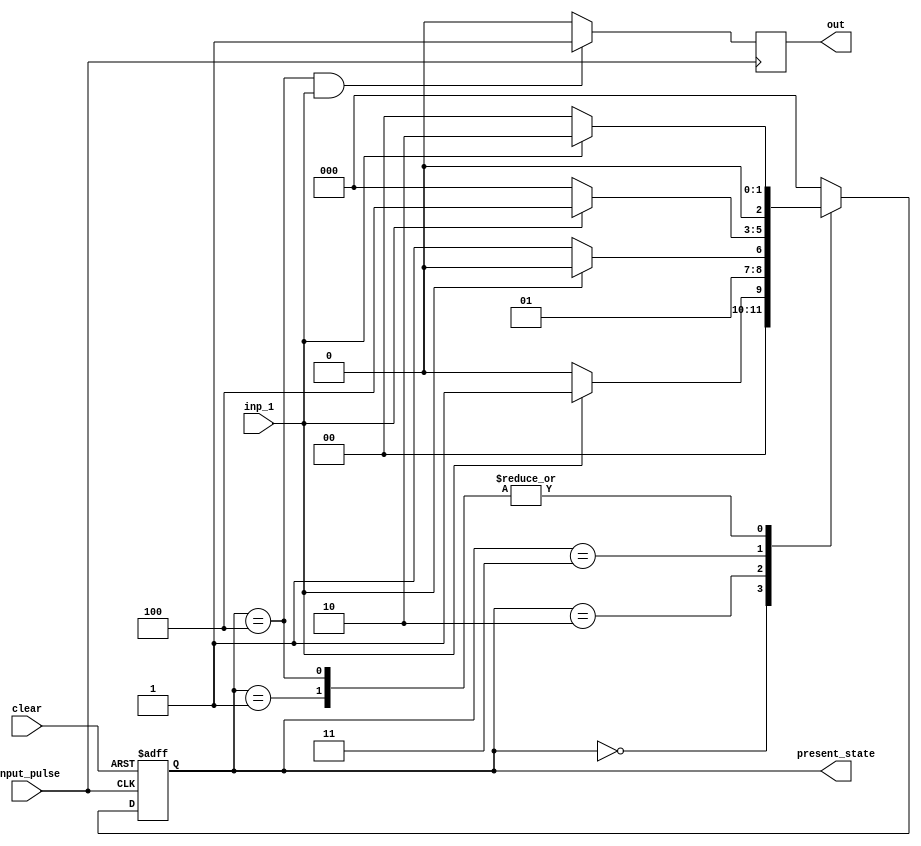
module fsm_11011(
    input clear,
    input inp_1,
    input input_pulse,
    output reg out=0,
    output reg[2:0] present_state
    );
    
    reg[2:0] next_state;
    parameter s0=3'b000, s1=3'b001, s2=3'b010, s3=3'b011, s4=3'b100;
    
    always@(posedge input_pulse or posedge clear)
    begin
        if(clear)
            present_state<=s0;
        else
            present_state<=next_state;
    end
    
    always@(*) begin
    next_state = present_state;
    case(present_state)
    s0: if(inp_1 == 1'b1)
            next_state = s1;
        else
            next_state = s0;       
    s1: if(inp_1 == 1'b1)
            next_state = s2;
        else
            next_state = s0;
    s2: if(inp_1 == 1'b0)
            next_state = s3;
        else
            next_state = s2;
    s3:if(inp_1 == 1'b1)
            next_state = s4;
       else
            next_state = s0;
    s4:if(inp_1 == 1'b1)
            next_state = s2;
       else
            next_state = s0;
     default: next_state=s0;
   endcase
 end
always@(posedge input_pulse)begin
        if(present_state==s4 && inp_1==1'b1)
            out<=1;
        else
            out<=0;
   end
endmodule